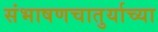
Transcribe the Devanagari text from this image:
संभाषणचातुर्याच्या